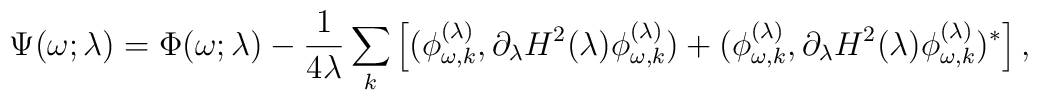
\Psi(\omega;\lambda)= \Phi(\omega;\lambda) -{1 \over4\lambda}\sum_k \left[(\phi^{(\lambda)}_{\omega,k},\partial_\lambda H^2(\lambda)\phi_{\omega,k}^{(\lambda)}) +(\phi^{(\lambda)}_{\omega,k},\partial_\lambda H^2(\lambda)\phi_{\omega,k}^{(\lambda)})^{*}\right],